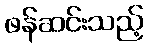
ဖန်ဆင်းသည့်